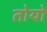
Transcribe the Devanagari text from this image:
तोयो